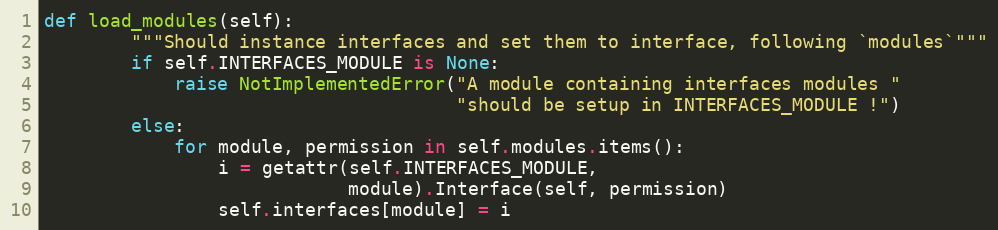
Language: Python
def load_modules(self):
        """Should instance interfaces and set them to interface, following `modules`"""
        if self.INTERFACES_MODULE is None:
            raise NotImplementedError("A module containing interfaces modules "
                                      "should be setup in INTERFACES_MODULE !")
        else:
            for module, permission in self.modules.items():
                i = getattr(self.INTERFACES_MODULE,
                            module).Interface(self, permission)
                self.interfaces[module] = i